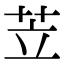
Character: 苙